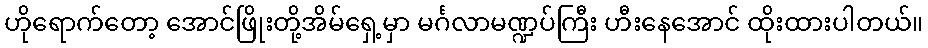
ဟိုရောက်တော့ အောင်ဖြိုးတို့အိမ်ရှေ့မှာ မင်္ဂလာမဏ္ဍပ်ကြီး ဟီးနေအောင် ထိုးထားပါတယ်။